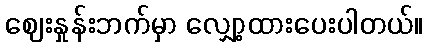
ဈေးနှုန်းဘက်မှာ လျှော့ထားပေးပါတယ်။